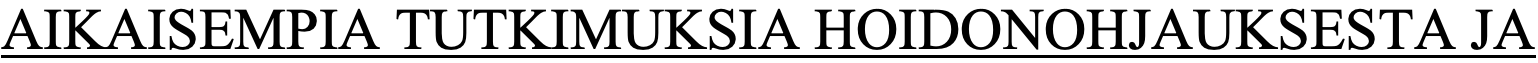
AIKAISEMPIA  TUTKIMUKSIA   HOIDONOHJAUKSESTA    JA